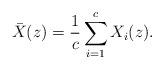
LaTeX: \begin{align*}\bar{X}(z) = \frac1c\sum_{i=1}^c X_i(z).\end{align*}